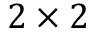
2 \times 2